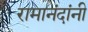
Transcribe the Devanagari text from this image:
रामानंदांनी